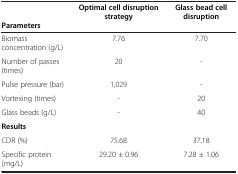
|  | Optimal cell disruption strategy | Glass bead cell disruption |
 | Parameters |  |  |
 | --- | --- | --- |
 | Biomass concentration (g/L) | 7.76 | 7.70 |
 | Number of passes (times) | 20 | - |
 | Pulse pressure (bar) | 1,029 | - |
 | Vortexing (times) | - | 20 |
 | Glass beads (g/L) | - | 40 |
 | <COLSPAN=3> Results |
 | CDR (%) | 75.68 | 37.18 |
 | Specific protein (mg/L) | 29.20 ± 0.96 | 7.28 ± 1.06 |